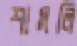
শামলি